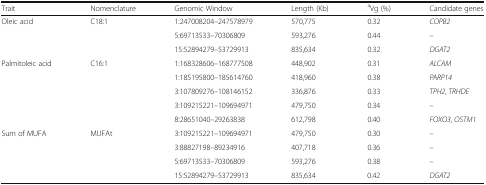
<table><thead><tr><td><b>Trait</b></td><td><b>Nomenclature</b></td><td><b>Genomic Window</b></td><td><b>Length (Kb)</b></td><td><b><sup>a</sup>Vg (%)</b></td><td><b>Candidate genes</b></td></tr></thead><tbody><tr><td>Oleic acid</td><td>C18:1</td><td>1:247008204–247578979</td><td>570,775</td><td>0.32</td><td><i>COPB2</i></td></tr><tr><td></td><td></td><td>5:69713533–70306809</td><td>593,276</td><td>0.44</td><td>–</td></tr><tr><td></td><td></td><td>15:52894279–53729913</td><td>835,634</td><td>0.32</td><td><i>DGAT2</i></td></tr><tr><td>Palmitoleic acid</td><td>C16:1</td><td>1:168328606–168777508</td><td>448,902</td><td>0.31</td><td><i>ALCAM</i></td></tr><tr><td></td><td></td><td>1:185195800–185614760</td><td>418,960</td><td>0.38</td><td><i>PARP14</i></td></tr><tr><td></td><td></td><td>3:107809276–108146152</td><td>336,876</td><td>0.33</td><td><i>TPH2</i>, <i>TRHDE</i></td></tr><tr><td></td><td></td><td>3:109215221–109694971</td><td>479,750</td><td>0.34</td><td>–</td></tr><tr><td></td><td></td><td>8:28651040–29263838</td><td>612,798</td><td>0.40</td><td><i>FOXO3</i>, <i>OSTM1</i></td></tr><tr><td>Sum of MUFA</td><td>MUFAt</td><td>3:109215221–109694971</td><td>479,750</td><td>0.30</td><td>–</td></tr><tr><td></td><td></td><td>3:88827198–89234916</td><td>407,718</td><td>0.36</td><td>–</td></tr><tr><td></td><td></td><td>5:69713533–70306809</td><td>593,276</td><td>0.38</td><td>–</td></tr><tr><td></td><td></td><td>15:52894279–53729913</td><td>835,634</td><td>0.42</td><td><i>DGAT2</i></td></tr></tbody></table>